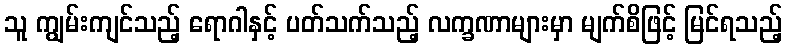
သူ ကျွမ်းကျင်သည့် ရောဂါနှင့် ပတ်သက်သည့် လက္ခဏာများမှာ မျက်စိဖြင့် မြင်ရသည့်